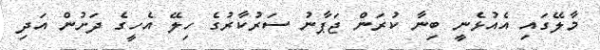
މާލޭގައި އެއުޅެނީ ބިނާ ކުރަން ޖަޕާނު ސަރުކާރުގެ ހިލޭ އެހީގެ ދަށުން އަދި